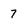
Character: 7